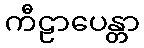
ကီဠာပေန္တာ